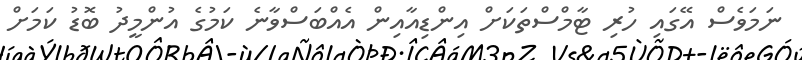
ނަމަވެސް އޭގައި ހުރި ޓާމްސްތަކަށް އިންޑިއާއިން އެއްބަސްވާނެ ކަމުގެ އުންމީދު ބޮޑު ކަމަށް